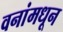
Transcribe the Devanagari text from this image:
वनांमधून